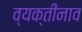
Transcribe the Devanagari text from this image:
व्यक्तीनाव